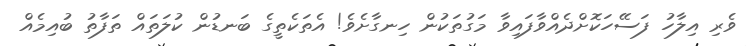
ވެރި އިލާހު ފަސޭހަކޮށްދެއްވާފައިވާ މަގުތަކުން ހިނގާށެވެ! އެތަކެތީގެ ބަނޑުން ކުލަތައް ތަފާތު ބުއިމެއް